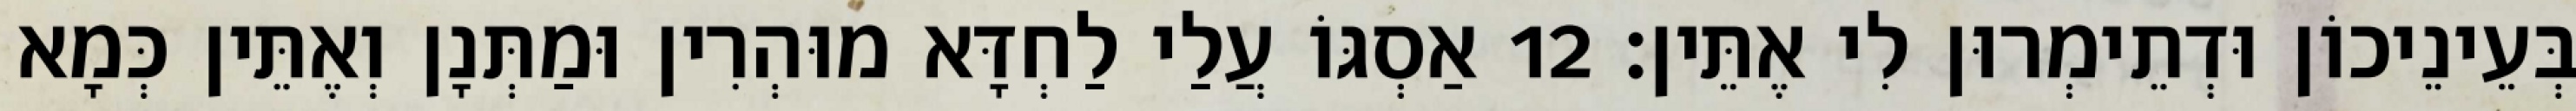
בְּעֵינֵיכוֹן וּדְתֵימְרוּן לִי אֶתֵּין׃ 12 אַסְגּוֹ עֲלַי לַחְדָּא מוּהְרִין וּמַתְּנָן וְאֶתֵּין כְּמָא